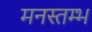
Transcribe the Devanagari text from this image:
मनस्तम्भ